342_HS1-416511228_319.1 Flying Discs 1949
Agency: Department of War
Incident date: 1/9/50
Page 71
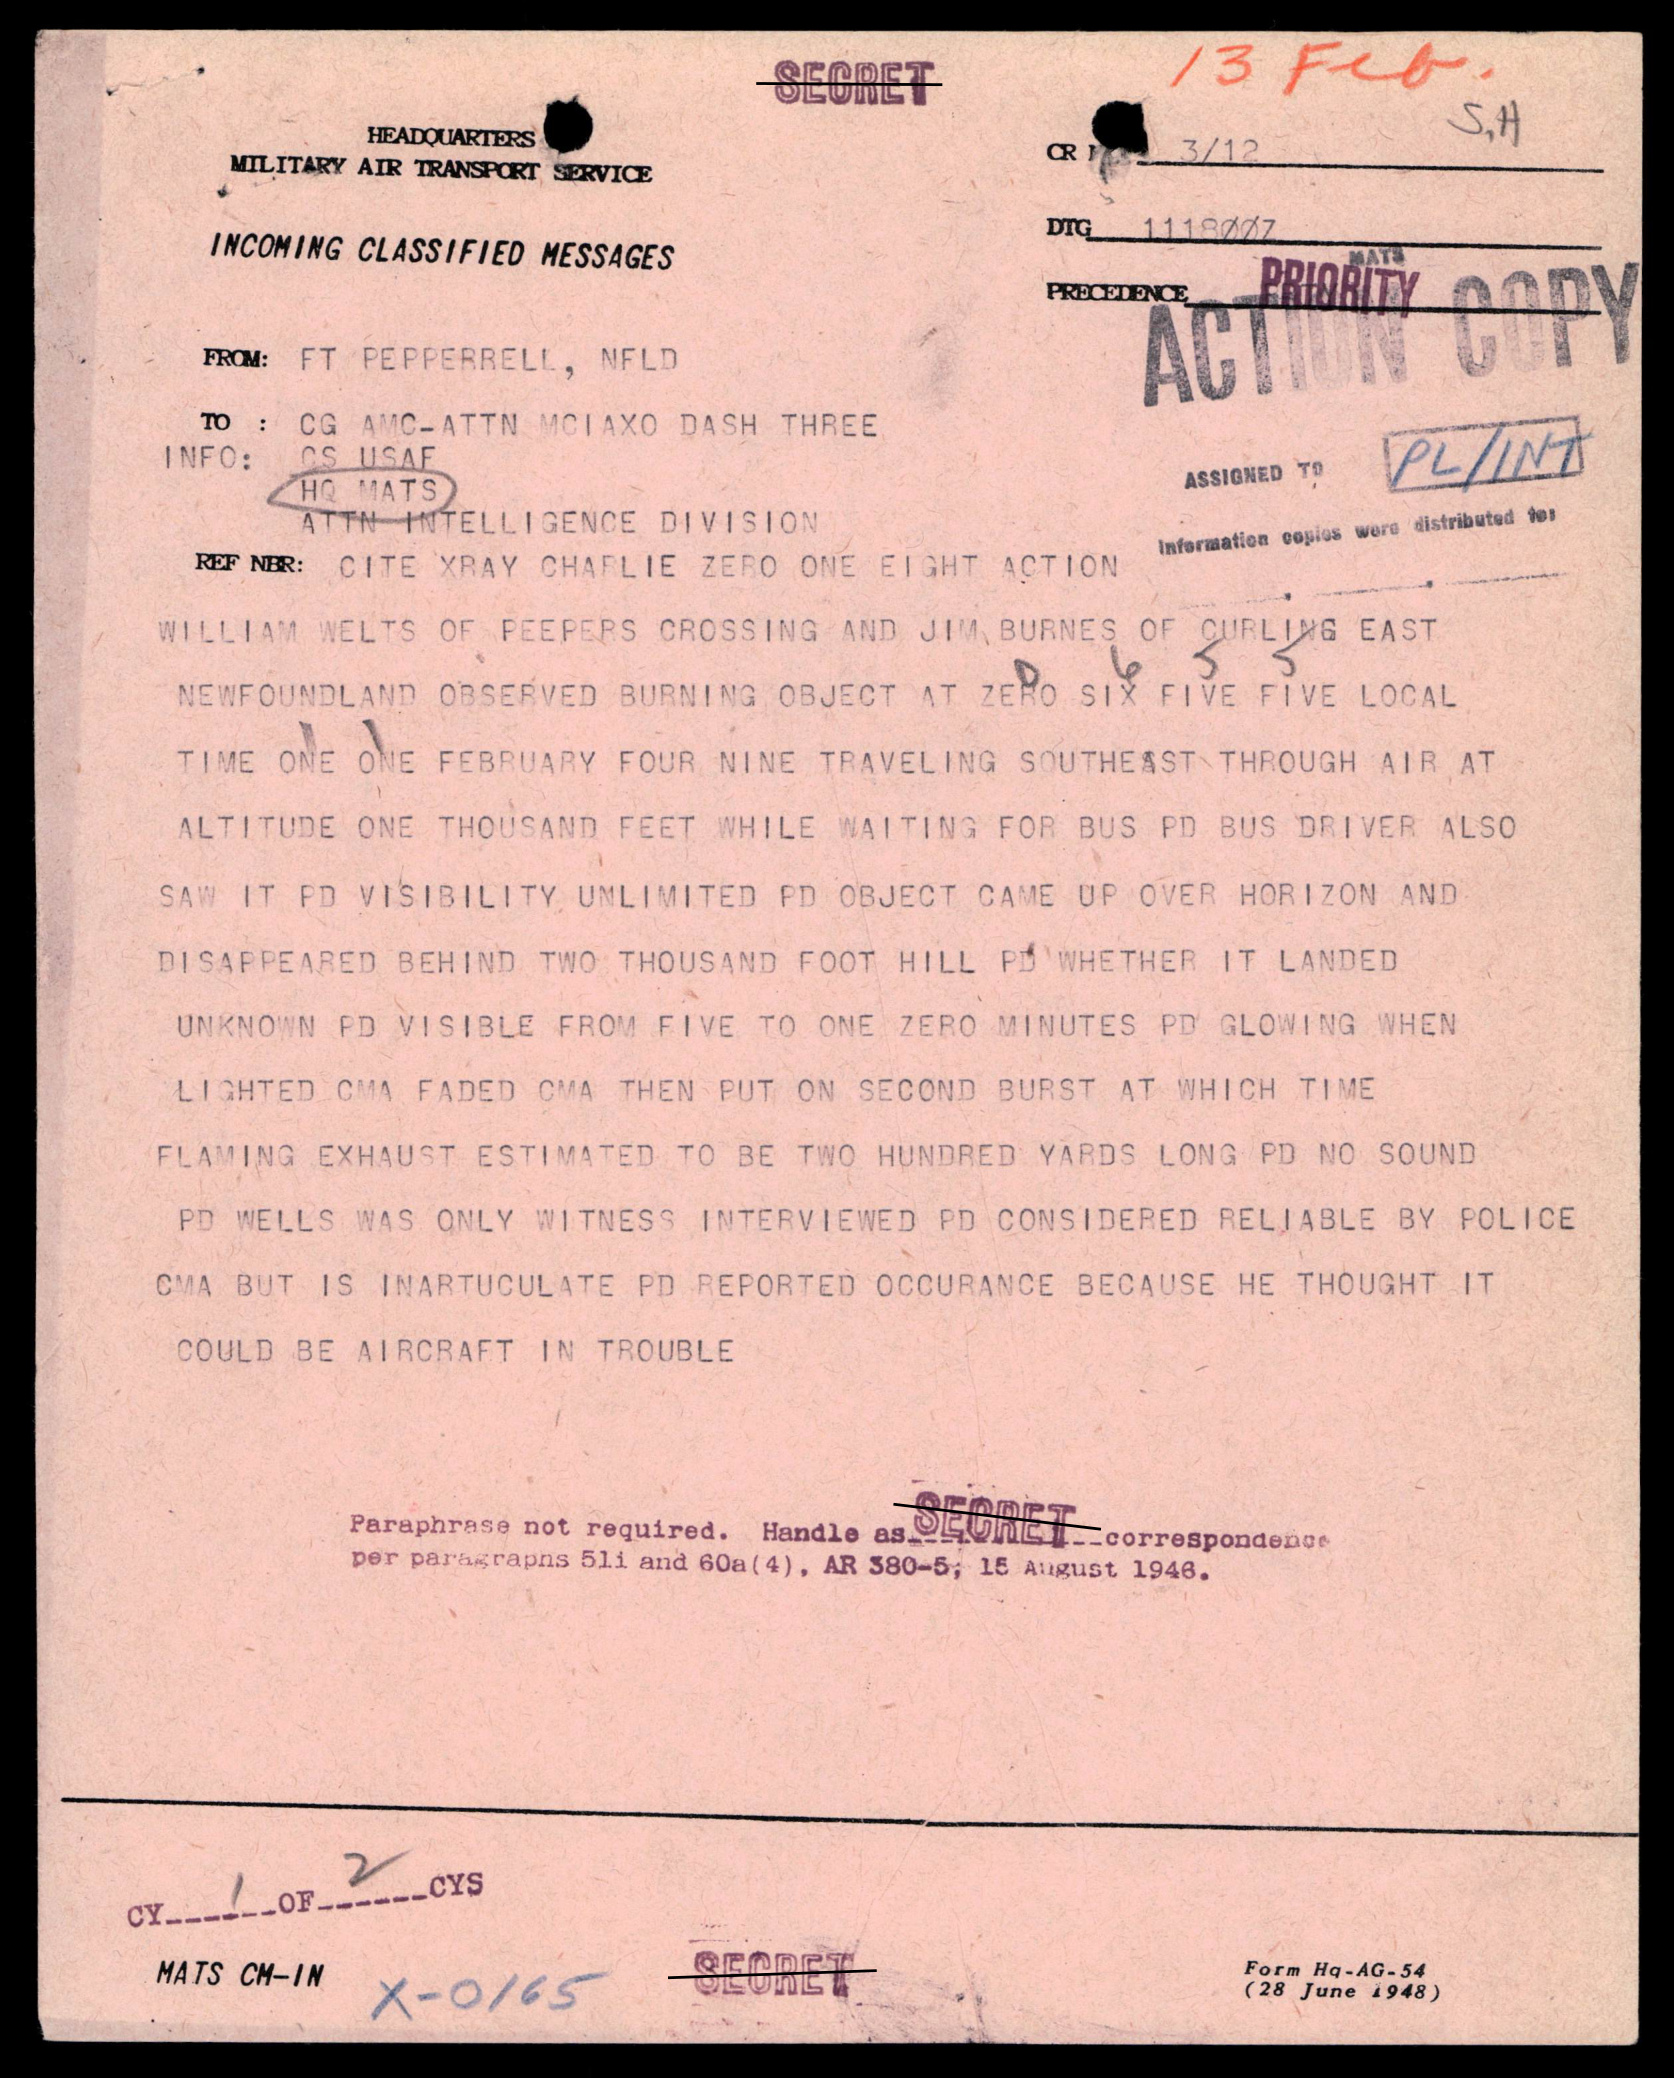